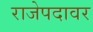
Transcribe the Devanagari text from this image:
राजेपदावर